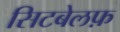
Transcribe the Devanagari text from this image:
सिटबेलफ़